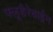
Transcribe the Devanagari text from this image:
फ्लूडैरेबाईन